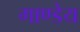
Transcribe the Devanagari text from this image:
गाण्डेय